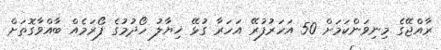
ރާއްޖޭގެ މިނިވަންކަމަށް 50 އަހަރުފުރޭ އަހަރާ ގުޅޭ ޚިޔާލު ހޯދުމުގެ ފޯރަމެއް ބާއްވާގޮތަށް